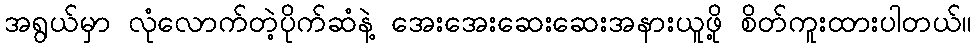
အရွယ်မှာ လုံလောက်တဲ့ပိုက်ဆံနဲ့ အေးအေးဆေးဆေးအနားယူဖို့ စိတ်ကူးထားပါတယ်။